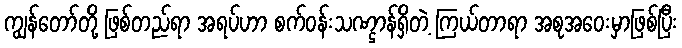
ကျွန်တော်တို့ ဖြစ်တည်ရာ အရပ်ဟာ စက်ဝန်းသဏ္ဌာန်ရှိတဲ့ ကြယ်တာရာ အစုအဝေးမှာဖြစ်ပြီး